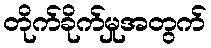
တိုက်ခိုက်မှုအတွက်